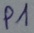
Text: P1